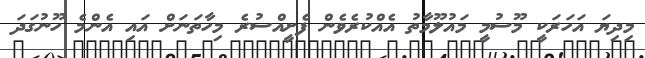
މިދިޔަ އަހަރަކީ މޫސުމީ މައުލޫމާތު އެއްކުރެވެން ފެށީއްސުރެ މިހާތަނަށް އައި އެންމެ ހޫނުގަދަ